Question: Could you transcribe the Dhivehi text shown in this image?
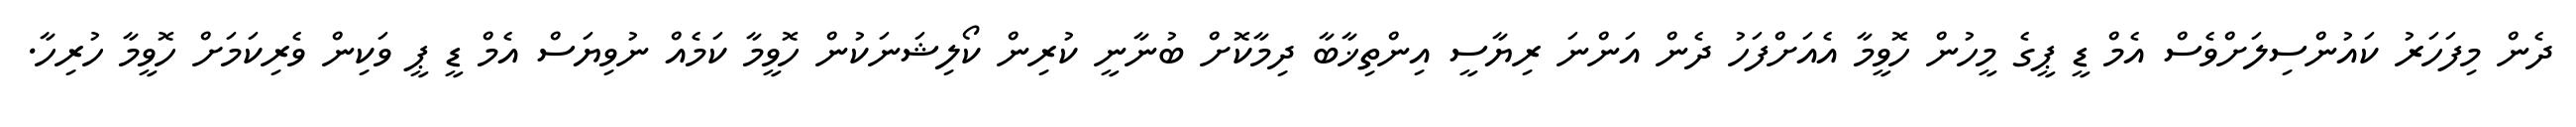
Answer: ދެން މިފަހަރު ކައުންސިލަށްވެސް އެމް ޑީ ޕީގެ މީހުން ހޮވީމާ އެއަށްފަހު ދެން އަންނަ ރިޔާސީ އިންތިޚާބާ ދިމާކޮށް ބުނާނީ ކުރިން ކޯލިޝަނަކުން ހޮވީމާ ކަމެއް ނުވިޔަސް އެމް ޑީ ޕީ ވަކިން ވެރިކަމަށް ހޮވީމާ ހުރިހާ.